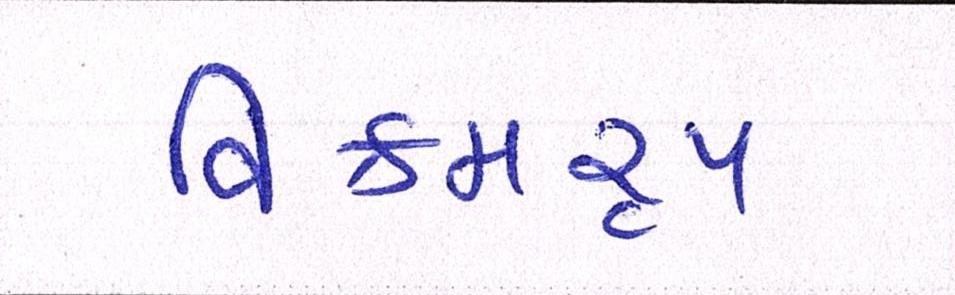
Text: વિક્રમરૃપ